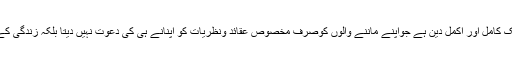
ذبیحہ کے شرعی احکاممحمد فہیم اختر ندویاسلام ایک کامل اور اکمل دین ہے جواپنے ماننے والوں کوصرف مخصوص عقائد ونظریات کو اپنانے ہی کی دعوت نہیں دیتا بلکہ زندگی کے ہر موڑ پر یہ دین مسلمانوں کی رہنمائی کرتا ہے۔